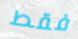
فقط